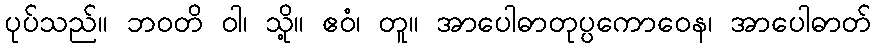
ပုပ်သည်။ ဘဝတိ ဝါ၊ သို့။ ဧဝံ၊ တူ။ အာပေါဓာတုပ္ပကောဝေန၊ အာပေါဓာတ်